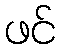
ဖင်